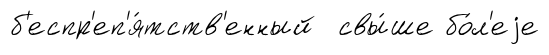
б'еспр'еп'я́тств'енный свы́ше бо́л'еjе